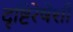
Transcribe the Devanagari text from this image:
दृष्टिरेषेशी